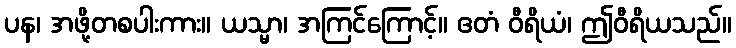
ပန၊ အဖို့တစပါးကား။ ယသ္မာ၊ အကြင်ကြောင့်။ ဧတံ ဝီရိယံ၊ ဤဝီရိယသည်။